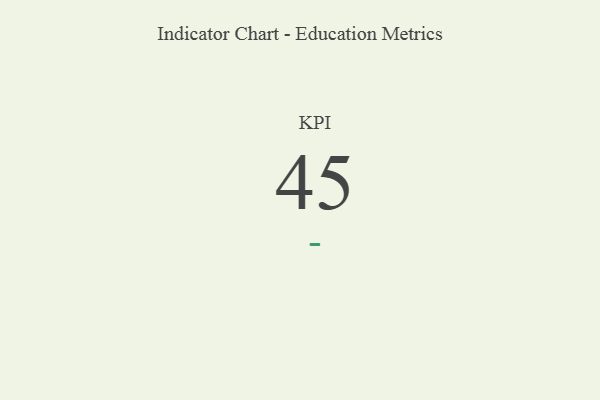
{"axis": {"x": "KPI", "y": "Value"}, "legend": [""], "data": [{"x": "KPI", "y": 45, "type": ""}]}